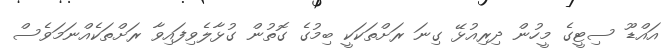
އައްޑޫ ސިޓީގެ މީހުން ދިރިއުޅޭ ގިނަ ރަށްތަކަކީ ބިމުގެ ގޮތުން ގުޅާލެވިފައިވާ ރަށްތަކެއްނަމަވެސް